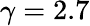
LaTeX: \gamma=2.7